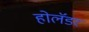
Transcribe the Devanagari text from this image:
होलॅंडर